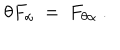
LaTeX: \theta F _ { \alpha } ~ = ~ F _ { \theta \alpha } ~ .